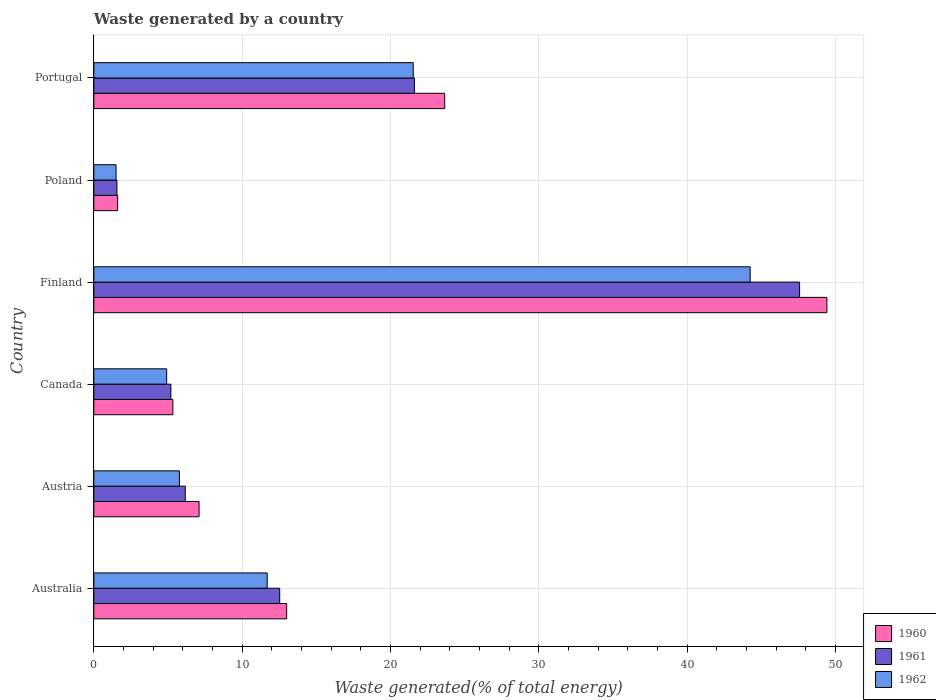
| Country | 1960 | 1961 | 1962 |
 | --- | --- | --- | --- |
 | Australia | 13 | 12.5 | 11.7 |
 | Austria | 7.1 | 6.16 | 5.77 |
 | Canada | 5.33 | 5.19 | 4.91 |
 | Finland | 49.4 | 47.6 | 44.3 |
 | Poland | 1.6 | 1.56 | 1.5 |
 | Portugal | 23.7 | 21.6 | 21.5 |